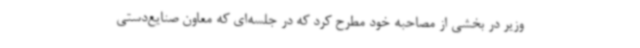
وزیر در بخشی از مصاحبه خود مطرح کرد که در جلسه‌ای که معاون صنایع‌دستی